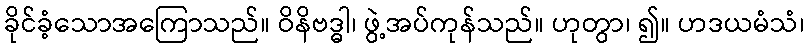
ခိုင်ခံ့သောအကြောသည်။ ဝိနိဗဒ္ဓါ၊ ဖွဲ့အပ်ကုန်သည်။ ဟုတွာ၊ ၍။ ဟဒယမံသံ၊